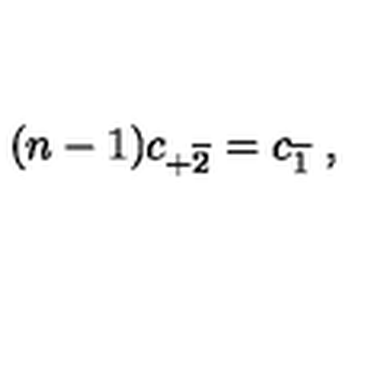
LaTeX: ( n - 1 ) c _ { + \overline { { 2 } } } = c _ { \overline { { 1 } } } \ ,